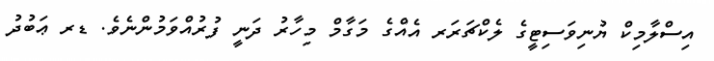
އިސްލާމިކް ޔުނިވަސިޓީގެ ލެކްޗަރަރ އެއްގެ މަގާމް މިހާރު ދަނީ ފުރުއްވަމުންނެވެ. ޑރ ޢަބުދު